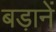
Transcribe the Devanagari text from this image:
बड़ानें